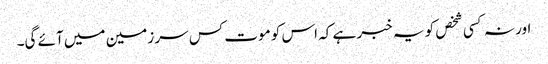
اور نہ کسی شخص کو یہ خبر ہے کہ اس کو موت کس سر زمین میں آئے گی۔